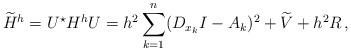
LaTeX: \begin{align*}\widetilde{H}^h = U^\star H^hU =h^2 \sum_{k=1}^{n}(D_{x_k}I -A_k)^2 + \widetilde{V} +h^2R\, , \end{align*}